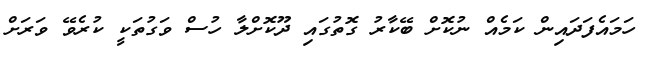
ހަމައެފަދައިން ކަމެއް ނުކޮށް ބޭކާރު ގޮތުގައި ދޫކޮށްލާ ހުސް ވަގުތަކީ ކުރެވޭ ވަރަށް